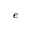
e